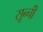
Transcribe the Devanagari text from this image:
सून्ची